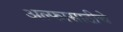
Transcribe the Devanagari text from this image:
अल्फासाठीचे